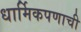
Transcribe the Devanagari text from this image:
धार्मिकपणाची